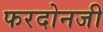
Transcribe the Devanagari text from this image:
फरदोनजी